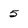
Character: 5